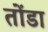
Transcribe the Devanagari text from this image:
तोंडा